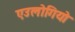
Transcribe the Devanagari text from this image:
एउलोगियो